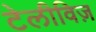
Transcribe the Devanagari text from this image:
टेलीविज़